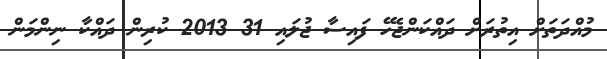
މުއްދަތަށް އިތުރަށް ދައްކަންޖެހޭ ފައިސާ ޖުލައި 31 2013 ކުރިން ދައްކާ ނިންމަން